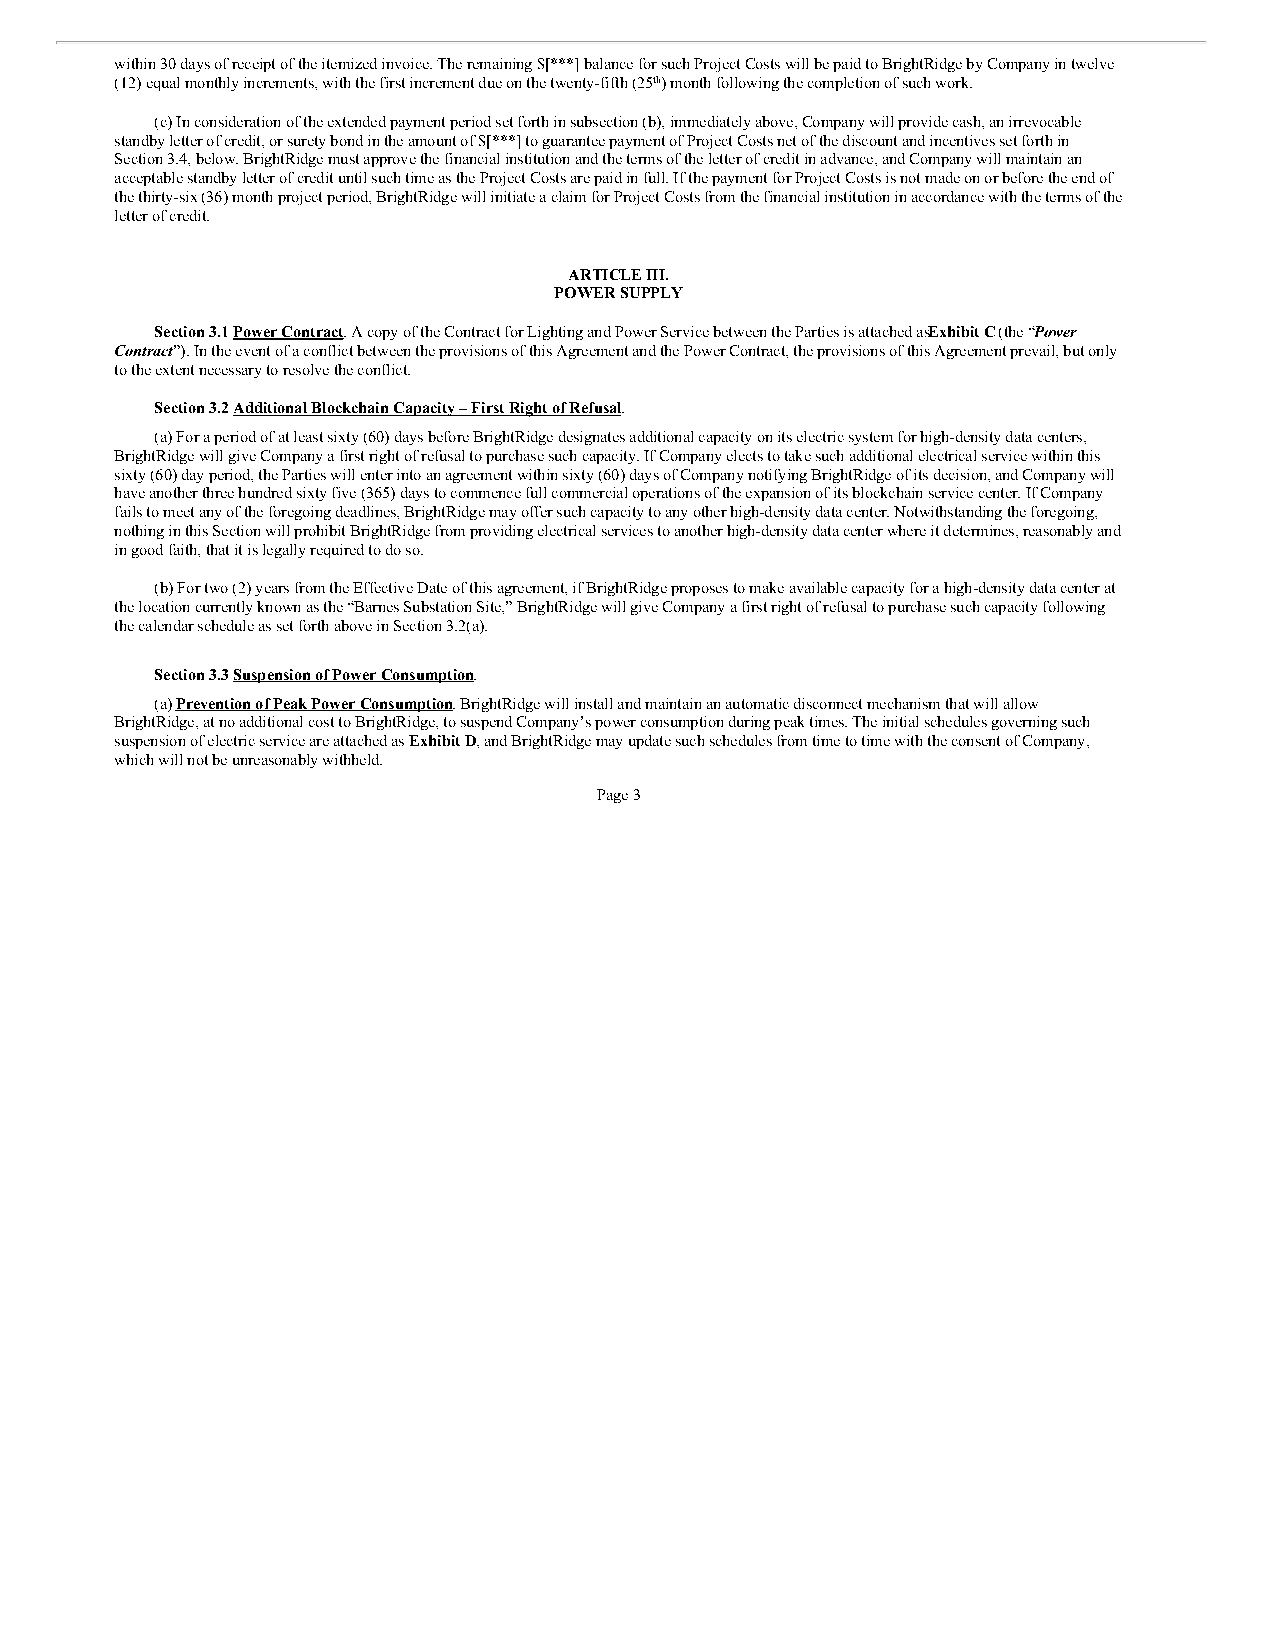
within 30 days of receipt of the itemized invoice. The remaining $[***] balance for such Project Costs will be paid to BrightRidge by Company in twelve
 (12) equal monthly increments, with the first increment due on the twenty-fifth (25th) month following the completion of such work.
 (c) In consideration of the extended payment period set forth in subsection (b), immediately above, Company will provide cash, an irrevocable
 standby letter of credit, or surety bond in the amount of $[***] to guarantee payment of Project Costs net of the discount and incentives set forth in
 Section 3.4, below. BrightRidge must approve the financial institution and the terms of the letter of credit in advance, and Company will maintain an
 acceptable standby letter of credit until such time as the Project Costs are paid in full. If the payment for Project Costs is not made on or before the end of
 the thirty-six (36) month project period, BrightRidge will initiate a claim for Project Costs from the financial institution in accordance with the terms of the
 letter of credit.
 ARTICLE III.
 POWER SUPPLY
 Section 3.1 Power Contract. A copy of the Contract for Lighting and Power Service between the Parties is attached asE xhibit C (the “Power
 Contract”). In the event of a conflict between the provisions of this Agreement and the Power Contract, the provisions of this Agreement prevail, but only
 to the extent necessary to resolve the conflict.
 Section 3.2 Additional Blockchain Capacity – First Right of Refusal.
 (a) For a period of at least sixty (60) days before BrightRidge designates additional capacity on its electric system for high-density data centers,
 BrightRidge will give Company a first right of refusal to purchase such capacity. If Company elects to take such additional electrical service within this
 sixty (60) day period, the Parties will enter into an agreement within sixty (60) days of Company notifying BrightRidge of its decision, and Company will
 have another three hundred sixty five (365) days to commence full commercial operations of the expansion of its blockchain service center. If Company
 fails to meet any of the foregoing deadlines, BrightRidge may offer such capacity to any other high-density data center. Notwithstanding the foregoing,
 nothing in this Section will prohibit BrightRidge from providing electrical services to another high-density data center where it determines, reasonably and
 in good faith, that it is legally required to do so.
 (b) For two (2) years from the Effective Date of this agreement, if BrightRidge proposes to make available capacity for a high-density data center at
 the location currently known as the “Barnes Substation Site,” BrightRidge will give Company a first right of refusal to purchase such capacity following
 the calendar schedule as set forth above in Section 3.2(a).
 Section 3.3 Suspension of Power Consumption.
 (a) Prevention of Peak Power Consumption. BrightRidge will install and maintain an automatic disconnect mechanism that will allow
 BrightRidge, at no additional cost to BrightRidge, to suspend Company’s power consumption during peak times. The initial schedules governing such
 suspension of electric service are attached as Exhibit D, and BrightRidge may update such schedules from time to time with the consent of Company,
 which will not be unreasonably withheld.
 Page 3